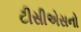
ટીસીએસનો